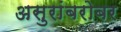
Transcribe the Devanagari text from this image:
असुरांबरोबर